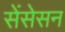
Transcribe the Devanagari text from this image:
सेंसेसन